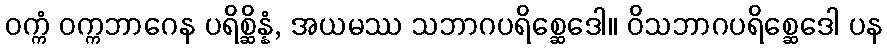
ဝက္ကံ ဝက္ကဘာဂေန ပရိစ္ဆိန္နံ, အယမဿ သဘာဂပရိစ္ဆေဒေါ။ ဝိသဘာဂပရိစ္ဆေဒေါ ပန